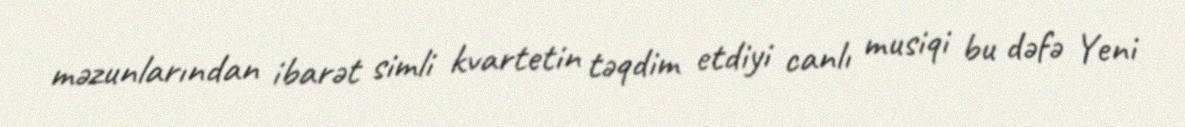
məzunlarından ibarət simli kvartetin təqdim etdiyi canlı musiqi bu dəfə Yeni